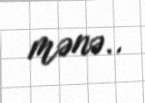
mənə..